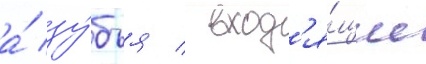
а́ зу́бья / вход'я́щие